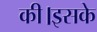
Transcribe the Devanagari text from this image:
की।इसके